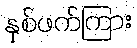
နှစ်ဖက်ကြား